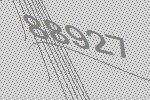
88927